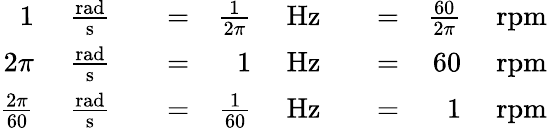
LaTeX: {\begin{array}{rlrlrlrlrl}{1~}&{{\frac{\mathrm{rad}}{\mathrm{s}}}}&&{=}&{{\frac{1}{2\pi}}~}&{{\mathrm{Hz}}}&&{=}&{{\frac{60}{2\pi}}~}&{{\mathrm{rpm}}}\\ {2\pi~}&{{\frac{\mathrm{rad}}{\mathrm{s}}}}&&{=}&{1~}&{{\mathrm{Hz}}}&&{=}&{60~}&{{\mathrm{rpm}}}\\ {{\frac{2\pi}{60}}~}&{{\frac{\mathrm{rad}}{\mathrm{s}}}}&&{=}&{{\frac{1}{60}}~}&{{\mathrm{Hz}}}&&{=}&{1~}&{{\mathrm{rpm}}}\end{array}}